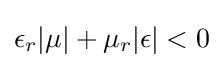
\epsilon _{r}|\mu |+\mu _{r}|\epsilon |<0